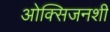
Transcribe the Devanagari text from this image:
ओक्सिजनशी